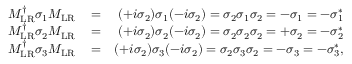
\begin{array} { r l r } { M _ { \mathrm { L R } } ^ { \dagger } \sigma _ { 1 } M _ { \mathrm { L R } } } & { { } = } & { ( + i \sigma _ { 2 } ) \sigma _ { 1 } ( - i \sigma _ { 2 } ) = \sigma _ { 2 } \sigma _ { 1 } \sigma _ { 2 } = - \sigma _ { 1 } = - \sigma _ { 1 } ^ { * } } \\ { M _ { \mathrm { L R } } ^ { \dagger } \sigma _ { 2 } M _ { \mathrm { L R } } } & { { } = } & { ( + i \sigma _ { 2 } ) \sigma _ { 2 } ( - i \sigma _ { 2 } ) = \sigma _ { 2 } \sigma _ { 2 } \sigma _ { 2 } = + \sigma _ { 2 } = - \sigma _ { 2 } ^ { * } } \\ { M _ { \mathrm { L R } } ^ { \dagger } \sigma _ { 3 } M _ { \mathrm { L R } } } & { { } = } & { ( + i \sigma _ { 2 } ) \sigma _ { 3 } ( - i \sigma _ { 2 } ) = \sigma _ { 2 } \sigma _ { 3 } \sigma _ { 2 } = - \sigma _ { 3 } = - \sigma _ { 3 } ^ { * } , } \end{array}